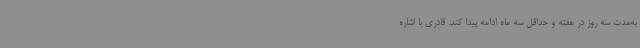
به‌مدت سه روز در هفته و حداقل سه ماه ادامه پیدا کند. قادری با اشاره